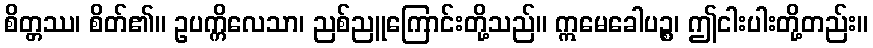
စိတ္တဿ၊ စိတ်၏။ ဥပက္ကိလေသာ၊ ညစ်ညူကြောင်းတို့သည်။ ဣမေခေါပဉ္စ၊ ဤငါးပါးတို့တည်း။